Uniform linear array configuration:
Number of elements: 16
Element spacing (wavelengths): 0.25
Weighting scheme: cosine
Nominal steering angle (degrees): -30
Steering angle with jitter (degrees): -31.272
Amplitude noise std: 0.05
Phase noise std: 0.05

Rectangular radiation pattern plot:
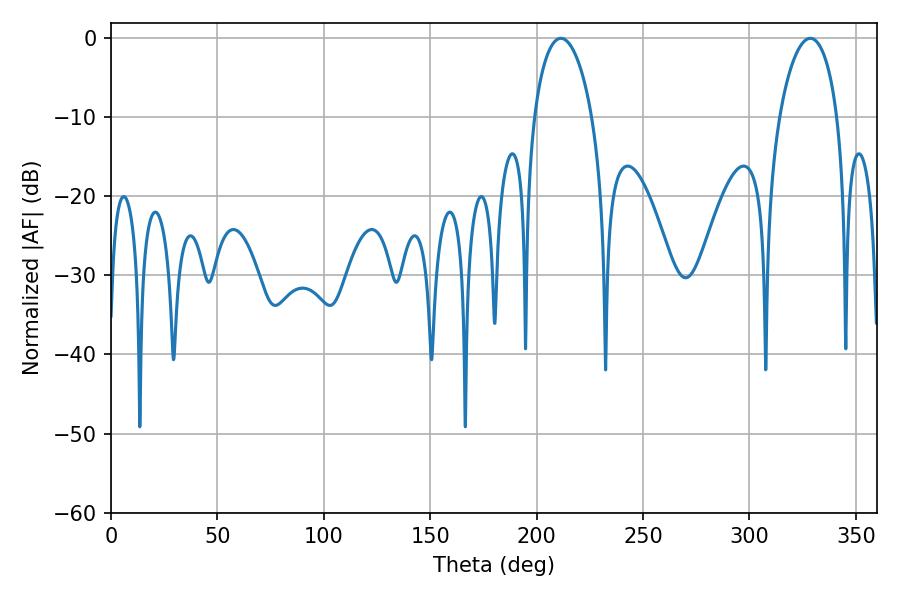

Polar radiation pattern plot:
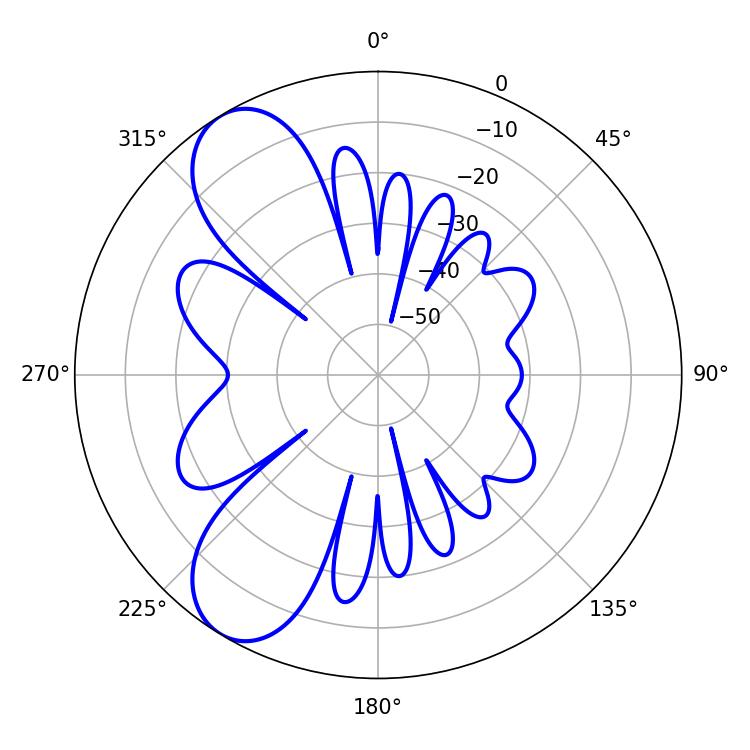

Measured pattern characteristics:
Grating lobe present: FALSE
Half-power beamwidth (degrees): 15.66
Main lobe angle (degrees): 328.68